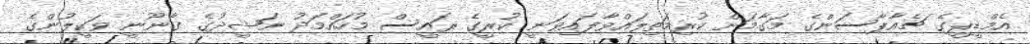
އެމްޑީޕީގެ ޗެއާޕާސަންގެ މަގާމަށް ކުރިމަތިލައްވާފައިވަނީ ކުރީގެ ރައީސް މުހައްމަދު ނަޝީދުގެ ގާނޫނީ ވަކީލުންގެ